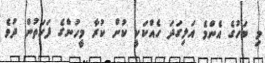
މި ބަހުގެ އެންމެ އަލިގަދަ ހެއްކަކީ ކުށް ކުރާ މީހުންގެ ފަހަތުން ދުވެ